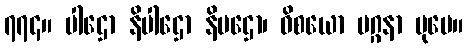
၇၇၄။ ပါဌော နိပါဌော နိပဌော၊ ဝိစယော မဂ္ဂနာ ပုမေ။